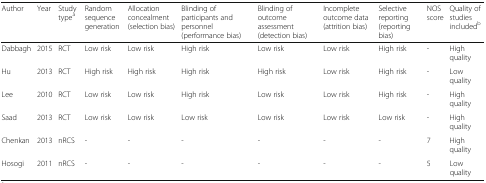
<table><thead><tr><td><b>Author</b></td><td><b>Year</b></td><td><b>Study type<sup>a</sup></b></td><td><b>Random sequence generation</b></td><td><b>Allocation concealment (selection bias)</b></td><td><b>Blinding of participants and personnel (performance bias)</b></td><td><b>Blinding of outcome assessment (detection bias)</b></td><td><b>Incomplete outcome data (attrition bias)</b></td><td><b>Selective reporting (reporting bias)</b></td><td><b>NOS score</b></td><td><b>Quality of studies included<sup>b</sup></b></td></tr></thead><tbody><tr><td>Dabbagh</td><td>2015</td><td>RCT</td><td>Low risk</td><td>Low risk</td><td>High risk</td><td>Low risk</td><td>Low risk</td><td>High risk</td><td>-</td><td>High quality</td></tr><tr><td>Hu</td><td>2013</td><td>RCT</td><td>High risk</td><td>High risk</td><td>High risk</td><td>High risk</td><td>Low risk</td><td>High risk</td><td>-</td><td>Low quality</td></tr><tr><td>Lee</td><td>2010</td><td>RCT</td><td>Low risk</td><td>Low risk</td><td>High risk</td><td>Low risk</td><td>Low risk</td><td>High risk</td><td>-</td><td>High quality</td></tr><tr><td>Saad</td><td>2013</td><td>RCT</td><td>Low risk</td><td>Low risk</td><td>Low risk</td><td>Low risk</td><td>Low risk</td><td>Low risk</td><td>-</td><td>High quality</td></tr><tr><td>Chenkan</td><td>2013</td><td>nRCS</td><td>-</td><td>-</td><td>-</td><td>-</td><td>-</td><td>-</td><td>7</td><td>High quality</td></tr><tr><td>Hosogi</td><td>2011</td><td>nRCS</td><td>-</td><td>-</td><td>-</td><td>-</td><td>-</td><td>-</td><td>5</td><td>Low quality</td></tr></tbody></table>